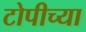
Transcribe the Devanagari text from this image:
टोपीच्या